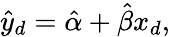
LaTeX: {\hat{y}}_{d}={\hat{\alpha}}+{\hat{\beta}}x_{d},